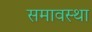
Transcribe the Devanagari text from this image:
समावस्था